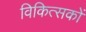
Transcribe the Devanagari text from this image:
विकित्सकों